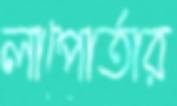
লাপোর্তার